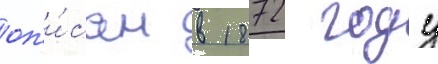
оп'и́сан в 1872 году